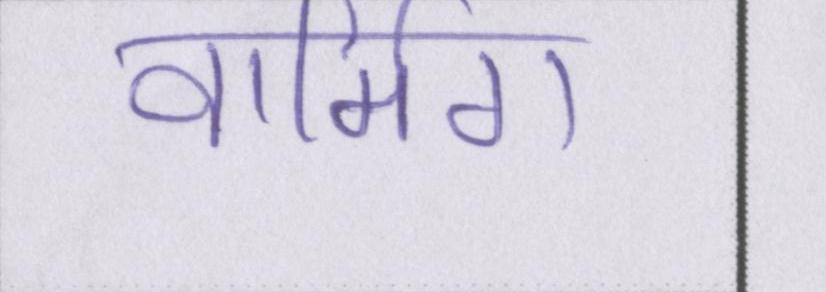
वार्मिग